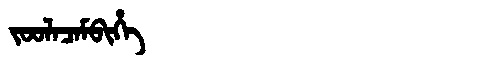
Manchu: ᠵᠣᠣᠯᠠᠴᠠᠮᠪᡳᡥᡝ
Romanization: JOOLACAMBIHE